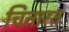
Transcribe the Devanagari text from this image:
चितारत